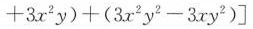
+ 3 x ^ { 2 } y ) + ( 3 x ^ { 2 } y ^ { 2 } - 3 x y ^ { 2 } ) ]$$